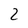
Character: 2